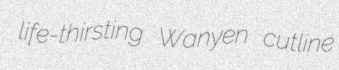
life-thirsting Wanyen cutline